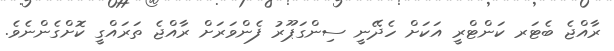
ރާއްޖެ ބެޓަރ ކަންޓްރީ އަކަށް ހެދޭނީ ސިންގަޕޫރު ފެންވަރަށް ރާއްޖެ ތަރައްގީ ކޮށްގެންނެވެ.